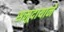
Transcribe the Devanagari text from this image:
समूदायाने